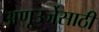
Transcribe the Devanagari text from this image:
अणूउर्जेसाठी